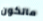
ماتكون